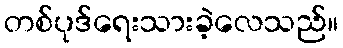
တစ်ပုဒ်ရေးသားခဲ့လေသည်။